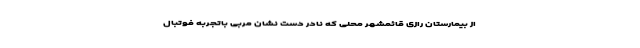
از بیمارستان رازی قائمشهر محلی که نادر دست نشان مربی باتجربه فوتبال